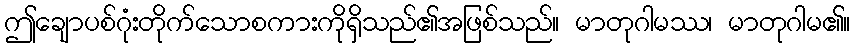
ဤချောပစ်ဂုံးတိုက်သောစကားကိုရှိသည်၏အဖြစ်သည်။ မာတုဂါမဿ၊ မာတုဂါမ၏။